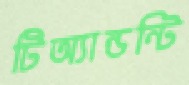
টিঅ্যান্ডন্টি